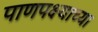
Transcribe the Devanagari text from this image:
पाणपक्ष्याच्या